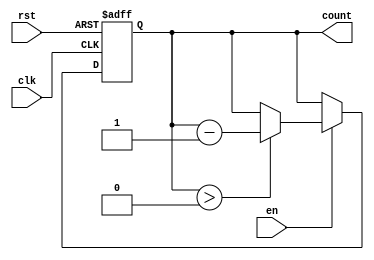
module decremental_counter #(
    parameter MAX_VALUE = 15  // Parameter to define the maximum value
)(
    input wire clk,            // Clock signal
    input wire rst,            // Asynchronous reset signal
    input wire en,             // Enable signal to decrement
    output reg [$clog2(MAX_VALUE+1)-1:0] count  // Current count value
);

    // Initialize the count to MAX_VALUE on reset
    always @(posedge clk or posedge rst) begin
        if (rst) begin
            count <= MAX_VALUE;  // Reset the count to max value
        end else if (en) begin
            if (count > 0) begin
                count <= count - 1;  // Decrement the count
            end
            // If count is 0, remain at 0 (automatically handled)
        end
    end

endmodule